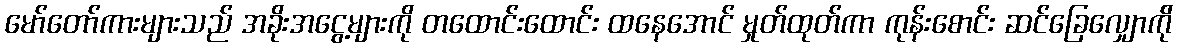
မော်တော်ကားများသည် အခိုးအငွေ့များကို တထောင်းထောင်း ထနေအောင် မှုတ်ထုတ်ကာ ကုန်းစောင်း ဆင်ခြေလျှောက်ို